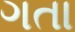
ગતા